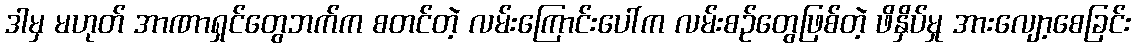
ဒါမှ မဟုတ် အာဏာရှင်တွေဘက်က စတင်တဲ့ လမ်းကြောင်းပေါ်က လမ်းစဉ်တွေဖြစ်တဲ့ ဖိနှိပ်မှု အားလျော့စေခြင်း